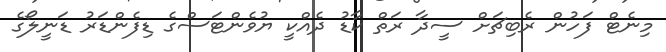
މިނެޓް ފަހުން ރެބިޗަށް ސީދާ ރަތް ކާޑު ދެއްކީ ޔުވެންޓަސްގެ ޑިފެންޑަރު ޑަނީލޯގެ